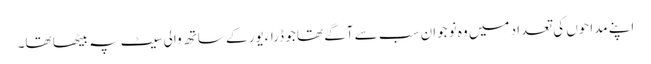
اپنے مداحوں کی تعداد میں وہ نوجوان سب سے آگے تھا جو ڈراءیور کے ساتھ والی سیٹ پہ بیٹھا تھا۔